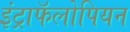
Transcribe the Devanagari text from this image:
इंट्राफॅलोपियन